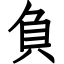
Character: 負